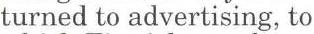
turned to advertising, to